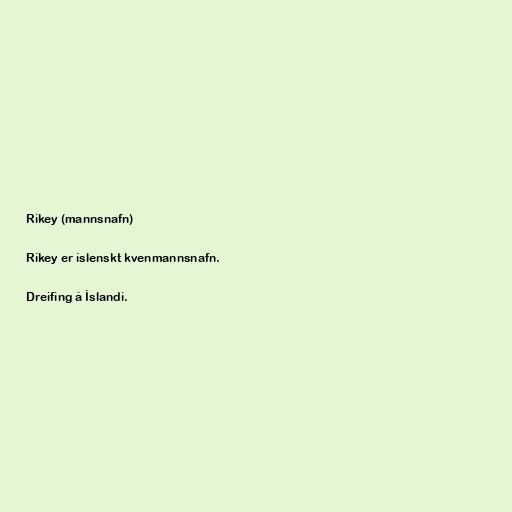
Ríkey (mannsnafn)

Ríkey er íslenskt kvenmannsnafn.

Dreifing á Íslandi.